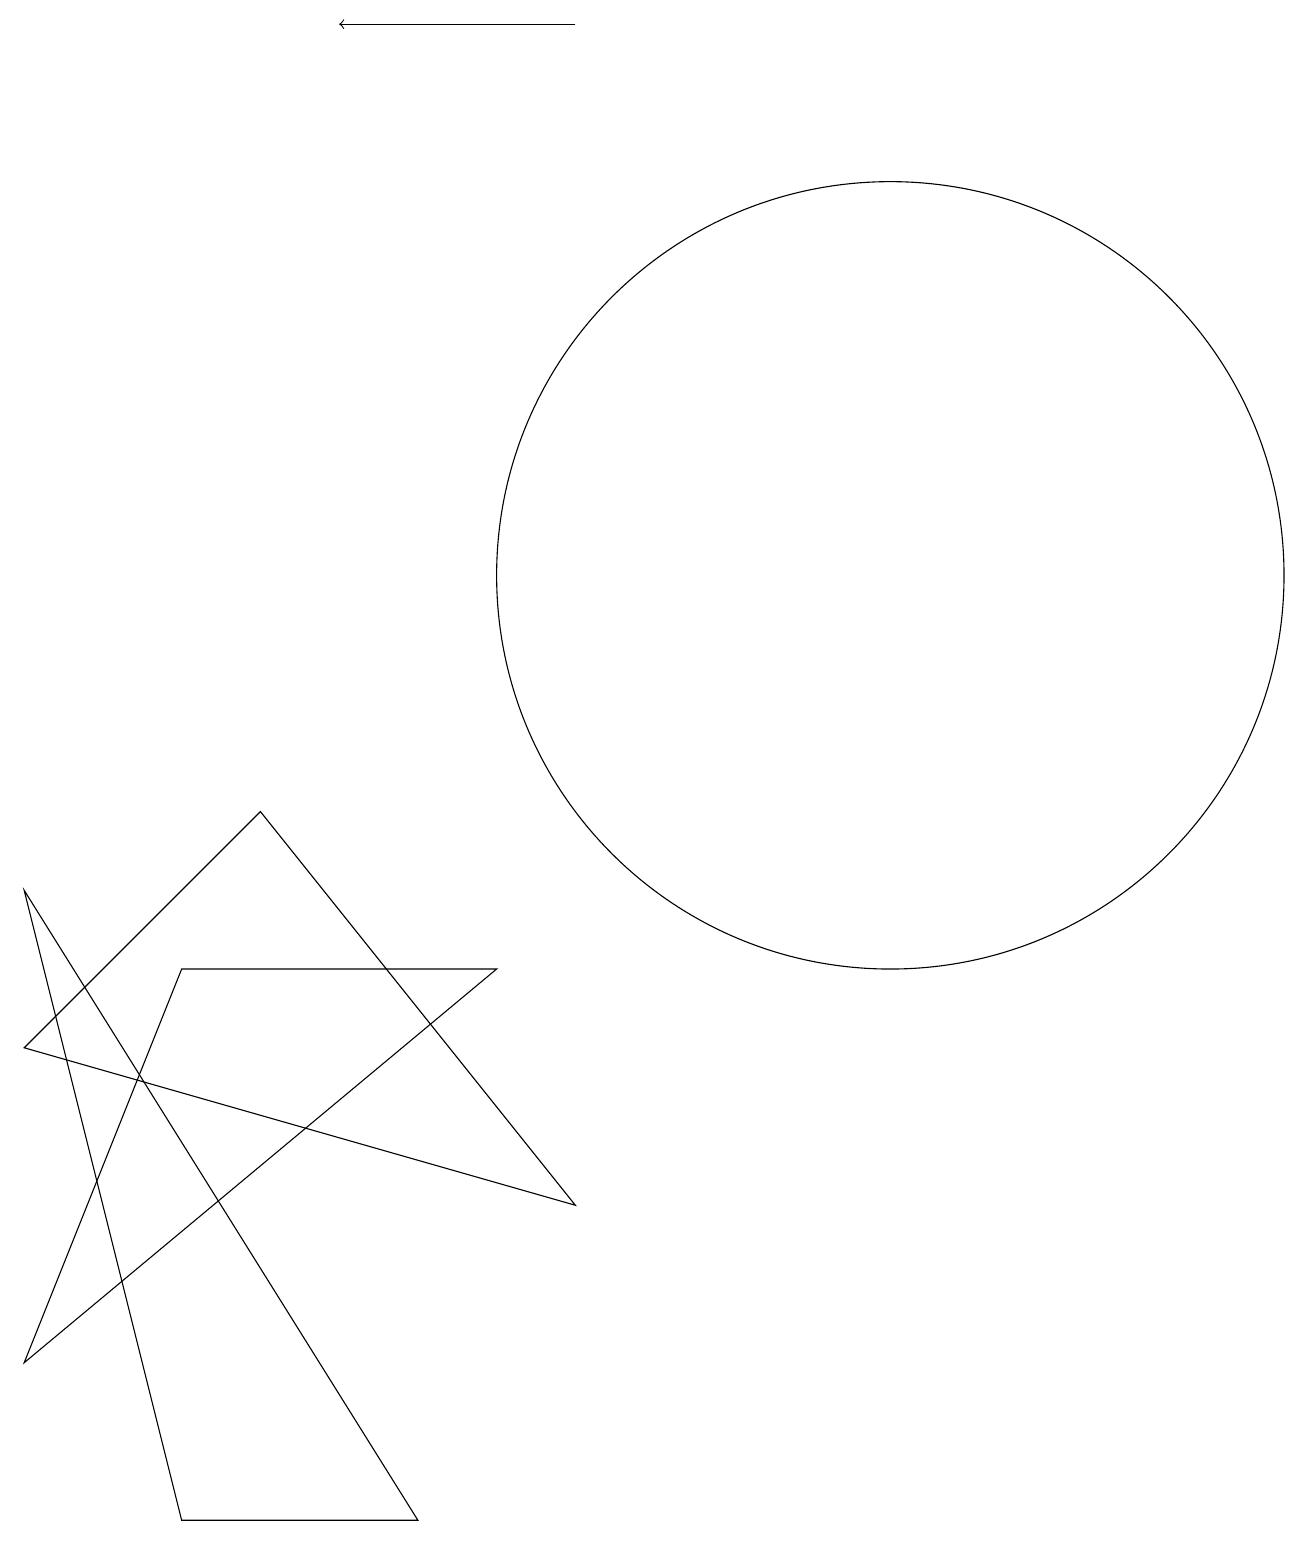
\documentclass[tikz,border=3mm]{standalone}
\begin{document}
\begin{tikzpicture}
\draw (12,12) circle (5);
\draw (1,8) -- (6,0) -- (3,0) -- cycle;
\draw[->] (8,19) -- (5,19);
\draw (7,7) -- (1,2) -- (3,7) -- cycle;
\draw (8,4) -- (1,6) -- (4,9) -- cycle;
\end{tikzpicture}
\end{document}